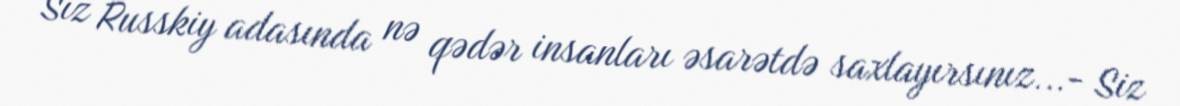
Siz Russkiy adasında nə qədər insanları əsarətdə saxlayırsınız...- Siz